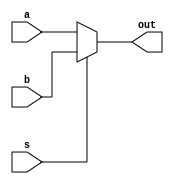
module mux_2to1_1bit(a, b, s, out);
	input a, b;
	input s;
	output out;
	
	assign out = s ? b : a;
	
endmodule